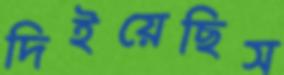
দিইয়েছিস